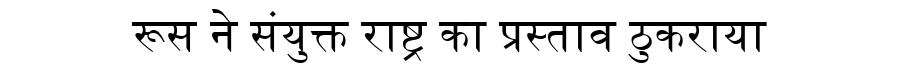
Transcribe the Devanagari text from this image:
रूस ने संयुक्त राष्ट्र का प्रस्ताव ठुकराया